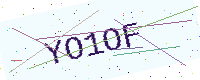
Text: YO1OF